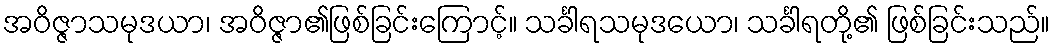
အဝိဇ္ဇာသမုဒယာ၊ အဝိဇ္ဇာ၏ဖြစ်ခြင်းကြောင့်။ သင်္ခါရသမုဒယော၊ သင်္ခါရတို့၏ ဖြစ်ခြင်းသည်။